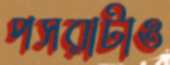
পসরাটাও